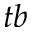
t b